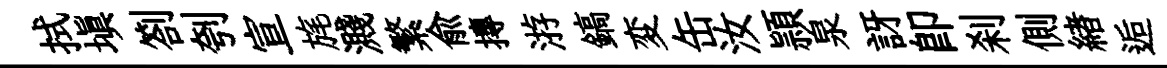
拭塡劄刳宣旄濺繁俞摶㳺鎬変缶汝頴泉訝即刹側緖逅